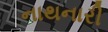
નાથનારી